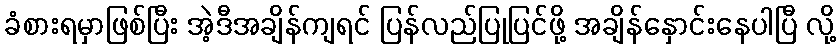
ခံစားရမှာဖြစ်ပြီး အဲ့ဒီအချိန်ကျရင် ပြန်လည်ပြုပြင်ဖို့ အချိန်နှောင်းနေပါပြီ လို့